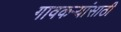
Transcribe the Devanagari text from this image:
गावकऱ्यांसाठी